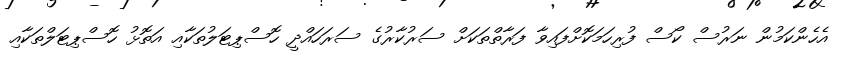
އެހެންކަމުން ނަރުސް ކޯސް ފުރިހަމަކޮށްފައިވާ ފަރާތްތަކަށް ސަރުކާރުގެ ސަރަހައްދީ ހޮސްޕިޓަލުތަކާއި އަތޮޅު ހޮސްޕިޓަލްތަކާއި